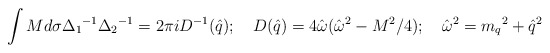
\begin{align*}\int Md{\sigma}{\Delta_1}^{-1} {\Delta_2}^{-1} = 2{\pi}i D^{-1}({\hat q});\quad D({\hat q}) = 4{\hat \omega}({\hat \omega}^2 - M^2/4);\quad {\hat \omega}^2 = {m_q}^2 + {\hat q}^2\end{align*}